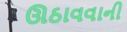
ઊઠાવવાની